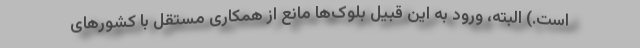
است.) البته، ورود به این قبیل بلوک‌ها مانع از همکاری مستقل با کشورهای